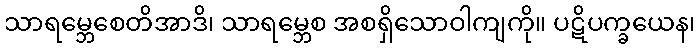
သာရမ္ဘေစေတိအာဒိ၊ သာရမ္ဘေစ အစရှိသောဝါကျကို။ ပဋိပက္ခယေန၊